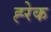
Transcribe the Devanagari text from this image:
ह्‍रेक